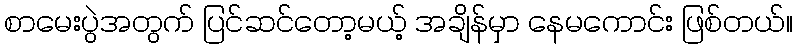
စာမေးပွဲအတွက် ပြင်ဆင်တော့မယ့် အချိန်မှာ နေမကောင်း ဖြစ်တယ်။